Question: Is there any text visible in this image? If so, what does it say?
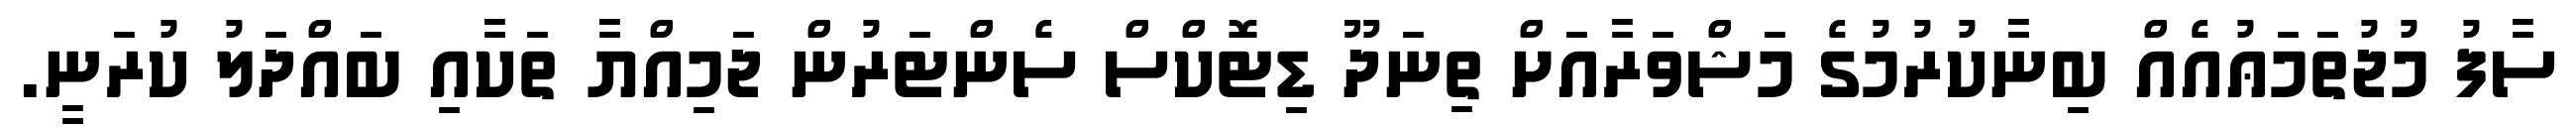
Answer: ސާފު މުޖުތަމަޢުއެއް ބިނާކުރުމުގެ މަޝްވަރާއަށް ތިނަދޫ ޑިޓޮކްސް ސެންޓަރުން ޖަމިއްޔާ ތަކާއި ބައްދަލު ކުރަނީ.